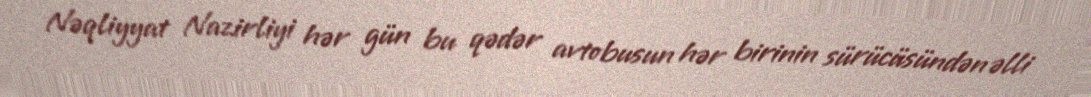
Nəqliyyat Nazirliyi hər gün bu qədər avtobusun hər birinin sürücüsündən əlli